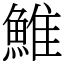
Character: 䱦